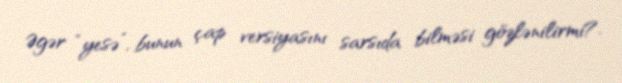
Əgər “yesə”, bunun çap versiyasını sarsıda bilməsi gözlənilirmi?.